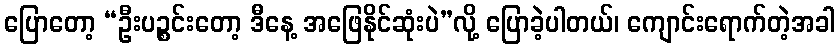
ပြောတော့ “ဦးပဉ္စင်းတော့ ဒီနေ့ အဖြေနိုင်ဆုံးပဲ”လို့ ပြောခဲ့ပါတယ်၊ ကျောင်းရောက်တဲ့အခါ